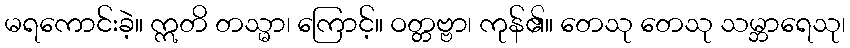
မရကောင်းခဲ့။ ဣတိ တသ္မာ၊ ကြောင့်။ ဝတ္တဗ္ဗာ၊ ကုန်၏။ တေသု တေသု သမ္ဘာရေသု၊